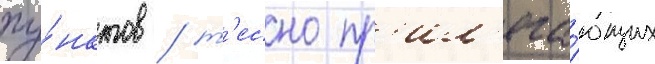
пу́нктов / т'есно пр'ил'ега́ющих